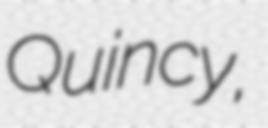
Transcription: Quincy,